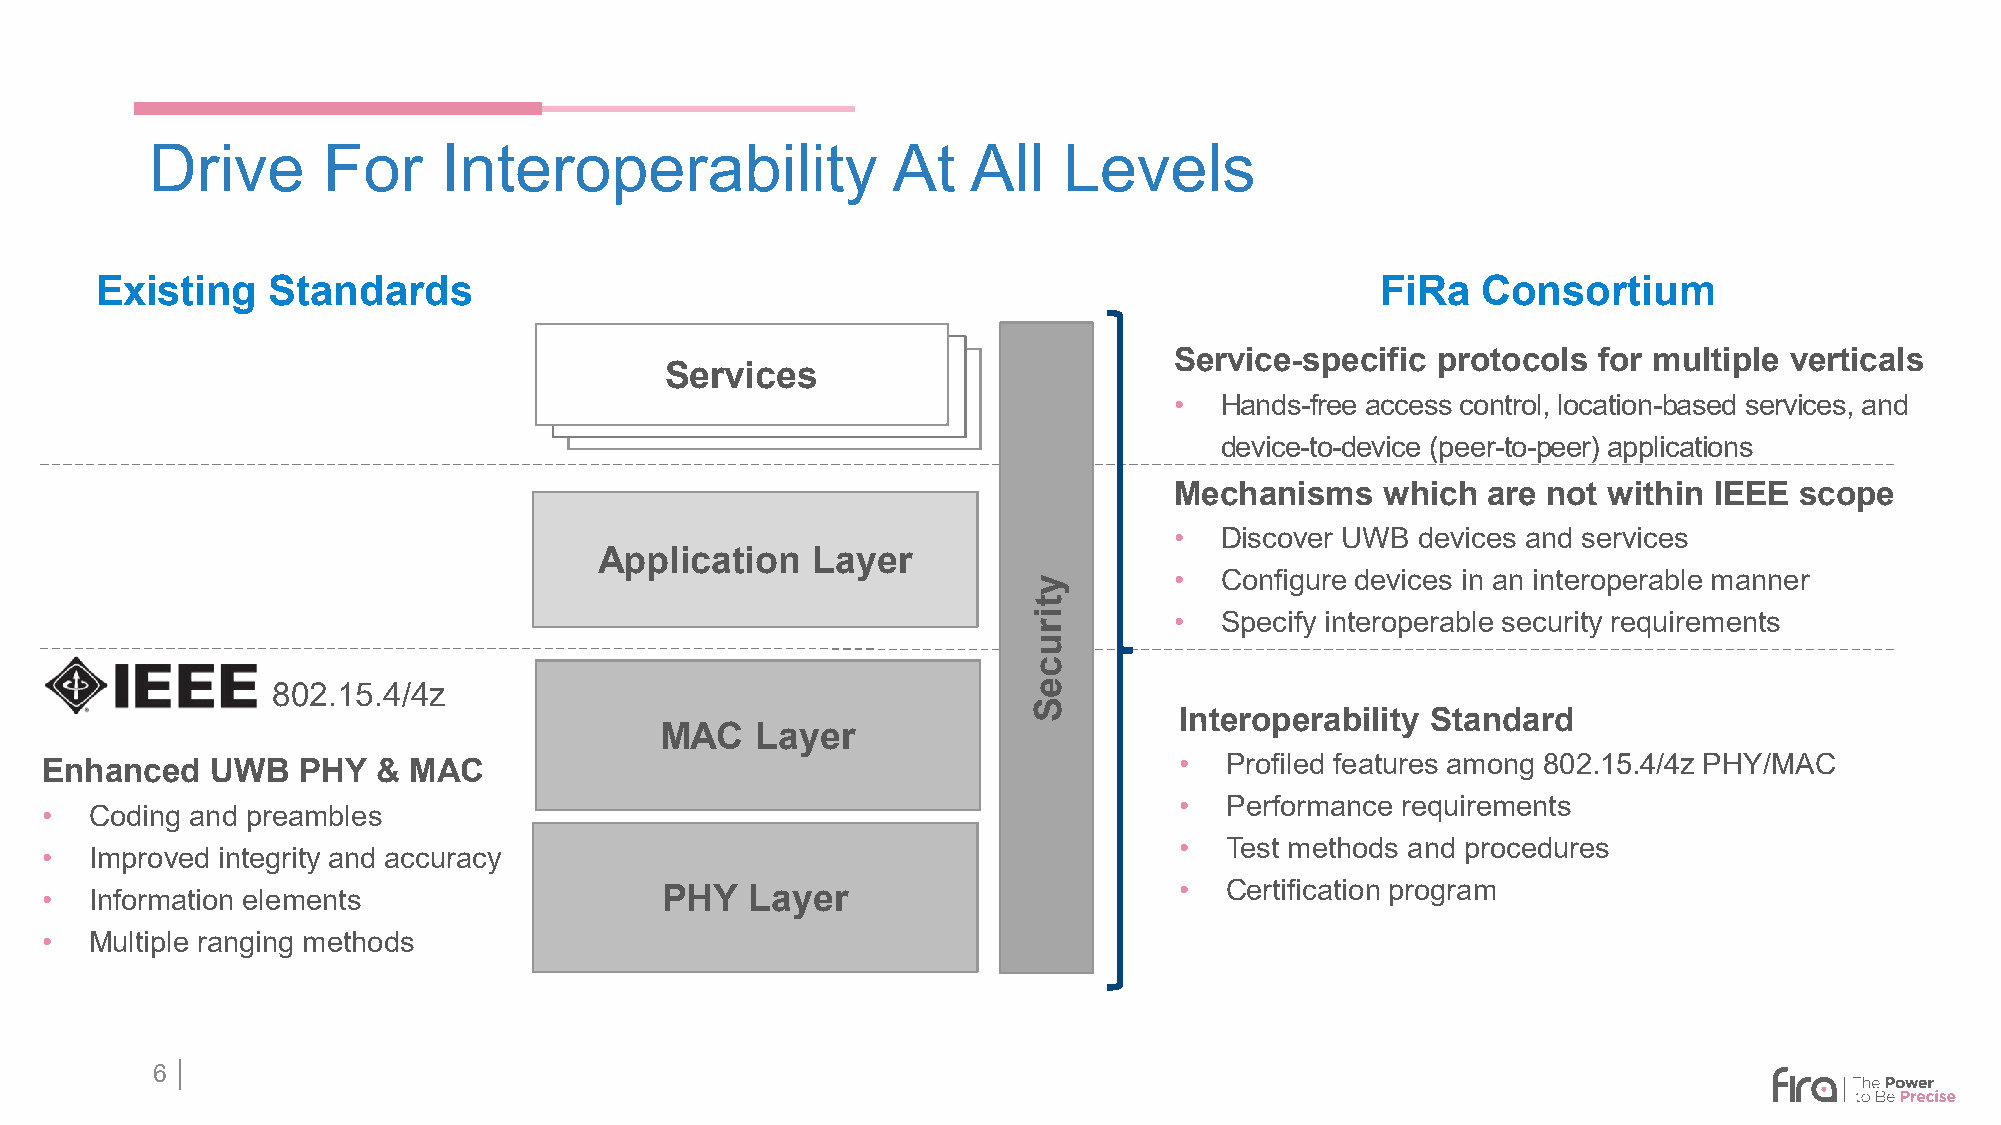
Drive      For     Interoperability              At   All   Levels
 Existing    Standards                                                                FiRa   Consortium
 Service-specific protocols  for multiple verticals
 Services
 Services
 Services
 •  Hands-free access control, location-based services, and
 device-to-device (peer-to-peer) applications
 Mechanisms    which are not within IEEE  scope
 •  Discover UWB devices and services
 Application   Layer
 •  Configure devices in an interoperable manner
 •  Specify interoperable security requirements
 802.15.4/4z
 Interoperability Standard
 MAC   Layer
 •  Profiled features among 802.15.4/4z PHY/MAC
 Enhanced   UWB   PHY  & MAC
 •  Performance requirements
 •  Coding and preambles
 •  Test methods and procedures
 •  Improved integrity and accuracy
 •  Certification program
 •  Information elements                  PHY   Layer
 •  Multiple ranging methods
 6 │
 ytiruceS